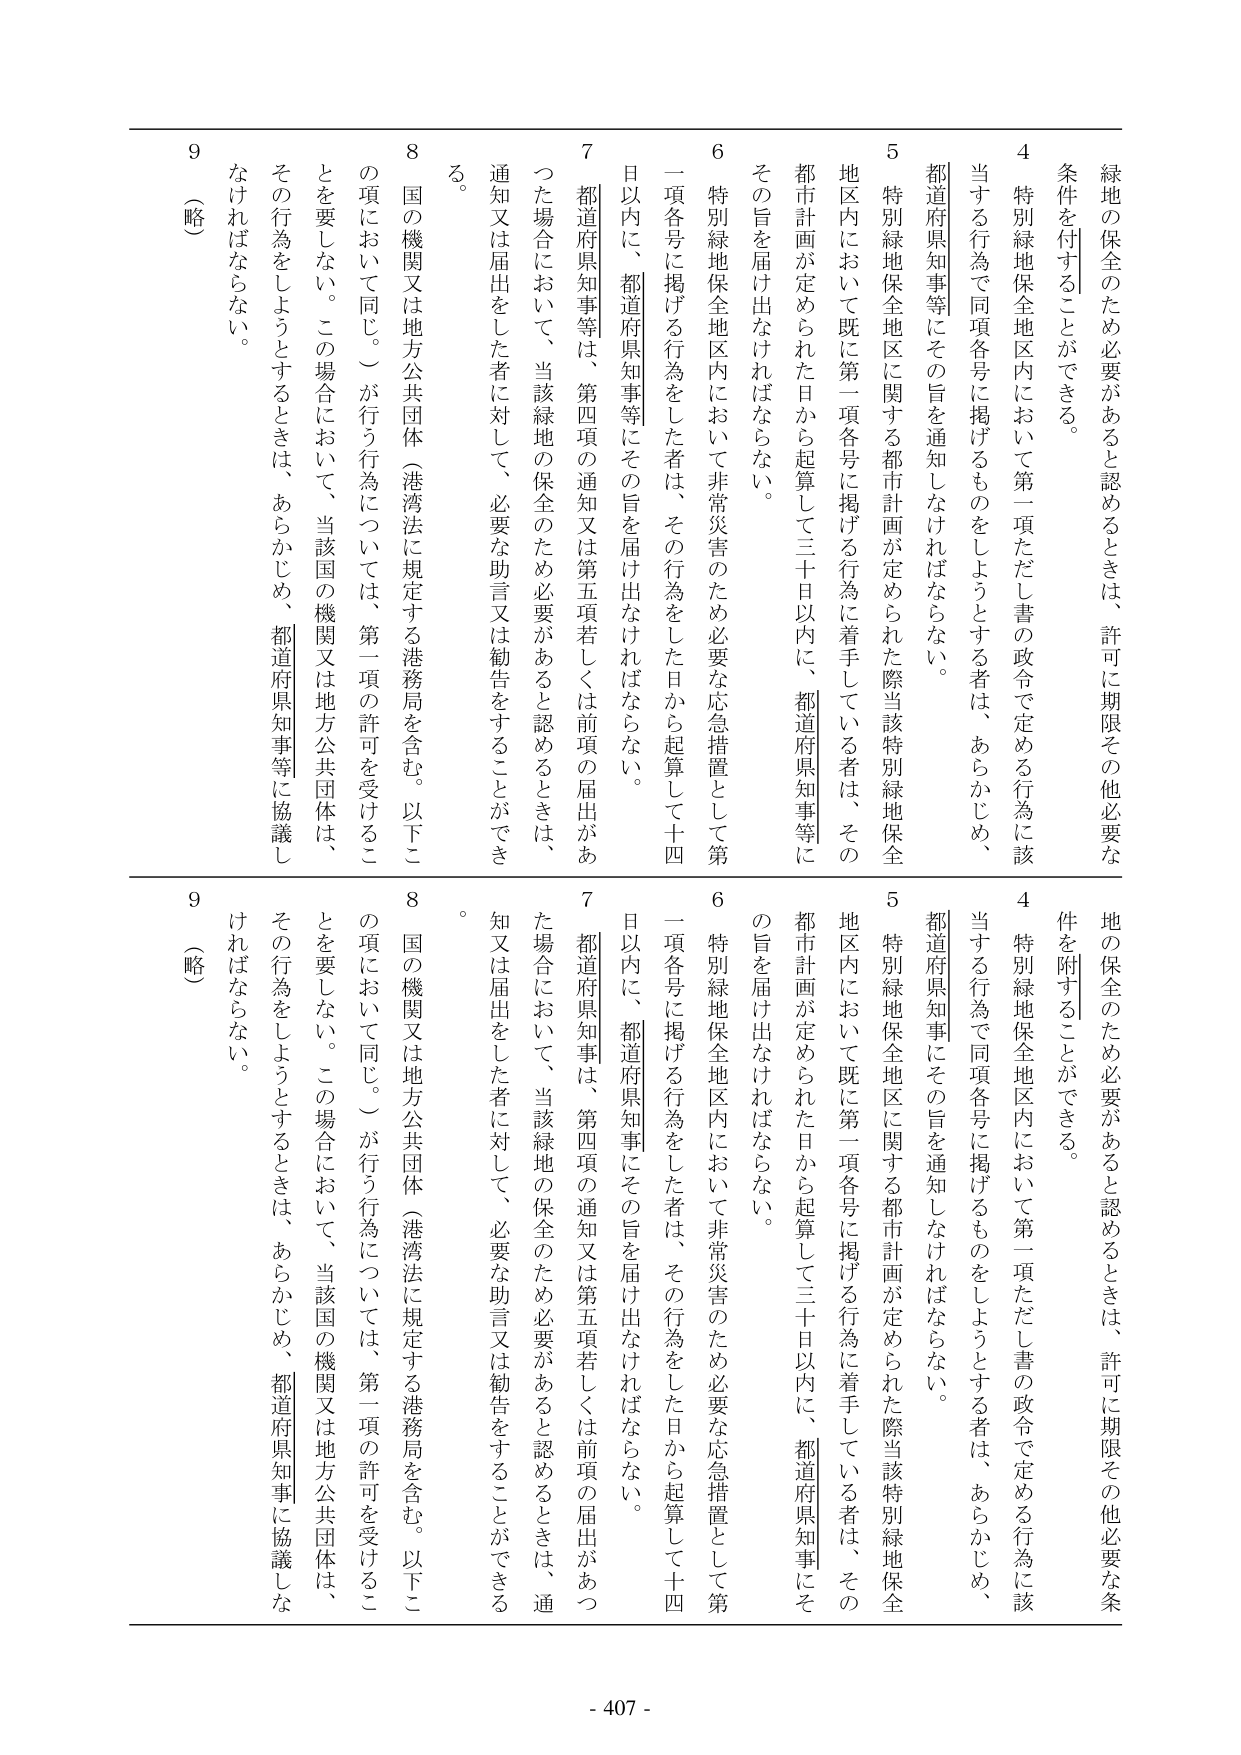
緑地の保全のため必要があると認めるときは、許可に期限その他必要な条件を付することができる。

4 特別緑地保全地区内において第一項ただし書の政令で定める行為に該当する行為で同項各号に掲げるものをしようとする者は、あらかじめ、都道府県知事等にその旨を通知しなければならない。

5 特別緑地保全地区に関する都市計画が定められた際当該特別緑地保全地区内において既に第一項各号に掲げる行為に着手している者は、その都市計画が定められた日から起算して三十日以内に、都道府県知事等にその旨を届け出なければならない。

6 特別緑地保全地区内において非常災害のため必要な応急措置として第一項各号に掲げる行為をした者は、その行為をした日から起算して十四日以内に、都道府県知事等にその旨を届け出なければならない。

7 都道府県知事等は、第四項の通知又は第五項若しくは前項の届出があった場合において、当該緑地の保全のため必要があると認めるときは、通知又は届出をした者に対して、必要な助言又は勧告をすることができる。

8 国の機関又は地方公共団体（港湾法に規定する港務局を含む。以下この項において同じ。）が行う行為については、第一項の許可を受けることを要しない。この場合において、当該国の機関又は地方公共団体は、その行為をしようとするときは、あらかじめ、都道府県知事等に協議しなければならない。

9 （略）

地の保全のため必要があると認めるときは、許可に期限その他必要な条件を附することができる。

4 特別緑地保全地区内において第一項ただし書の政令で定める行為に該当する行為で同項各号に掲げるものをしようとする者は、あらかじめ、都道府県知事にその旨を通知しなければならない。

5 特別緑地保全地区に関する都市計画が定められた際当該特別緑地保全地区内において既に第一項各号に掲げる行為に着手している者は、その都市計画が定められた日から起算して三十日以内に、都道府県知事にその旨を届け出なければならない。

6 特別緑地保全地区内において非常災害のため必要な応急措置として第一項各号に掲げる行為をした者は、その行為をした日から起算して十四日以内に、都道府県知事にその旨を届け出なければならない。

7 都道府県知事は、第四項の通知又は第五項若しくは前項の届出があった場合において、当該緑地の保全のため必要があると認めるときは、通知又は届出をした者に対して、必要な助言又は勧告をすることができる。

8 国の機関又は地方公共団体（港湾法に規定する港務局を含む。以下この項において同じ。）が行う行為については、第一項の許可を受けることを要しない。この場合において、当該国の機関又は地方公共団体は、その行為をしようとするときは、あらかじめ、都道府県知事に協議しなければならない。

9 （略）

- 407 -